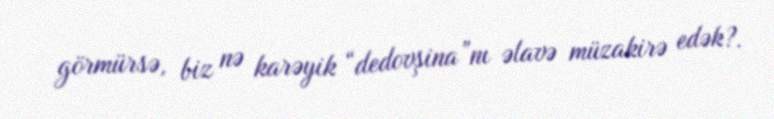
görmürsə, biz nə karəyik “dedovşina”nı əlavə müzakirə edək?.